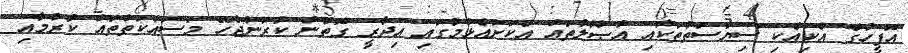
އޮފީހުގެ އެކިއެކި ސިޔާސަތުތަކާއި އުޞޫލުތައް އެކަށައެޅުމުގައި އިދާރީ ގޮތުން ކުރަންޖެހޭ މަސައްކަތްތައް ކުރުމާއި